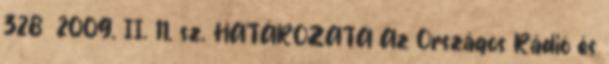
328 2009. II. 11. sz. HATÁROZATA Az Országos Rádió és